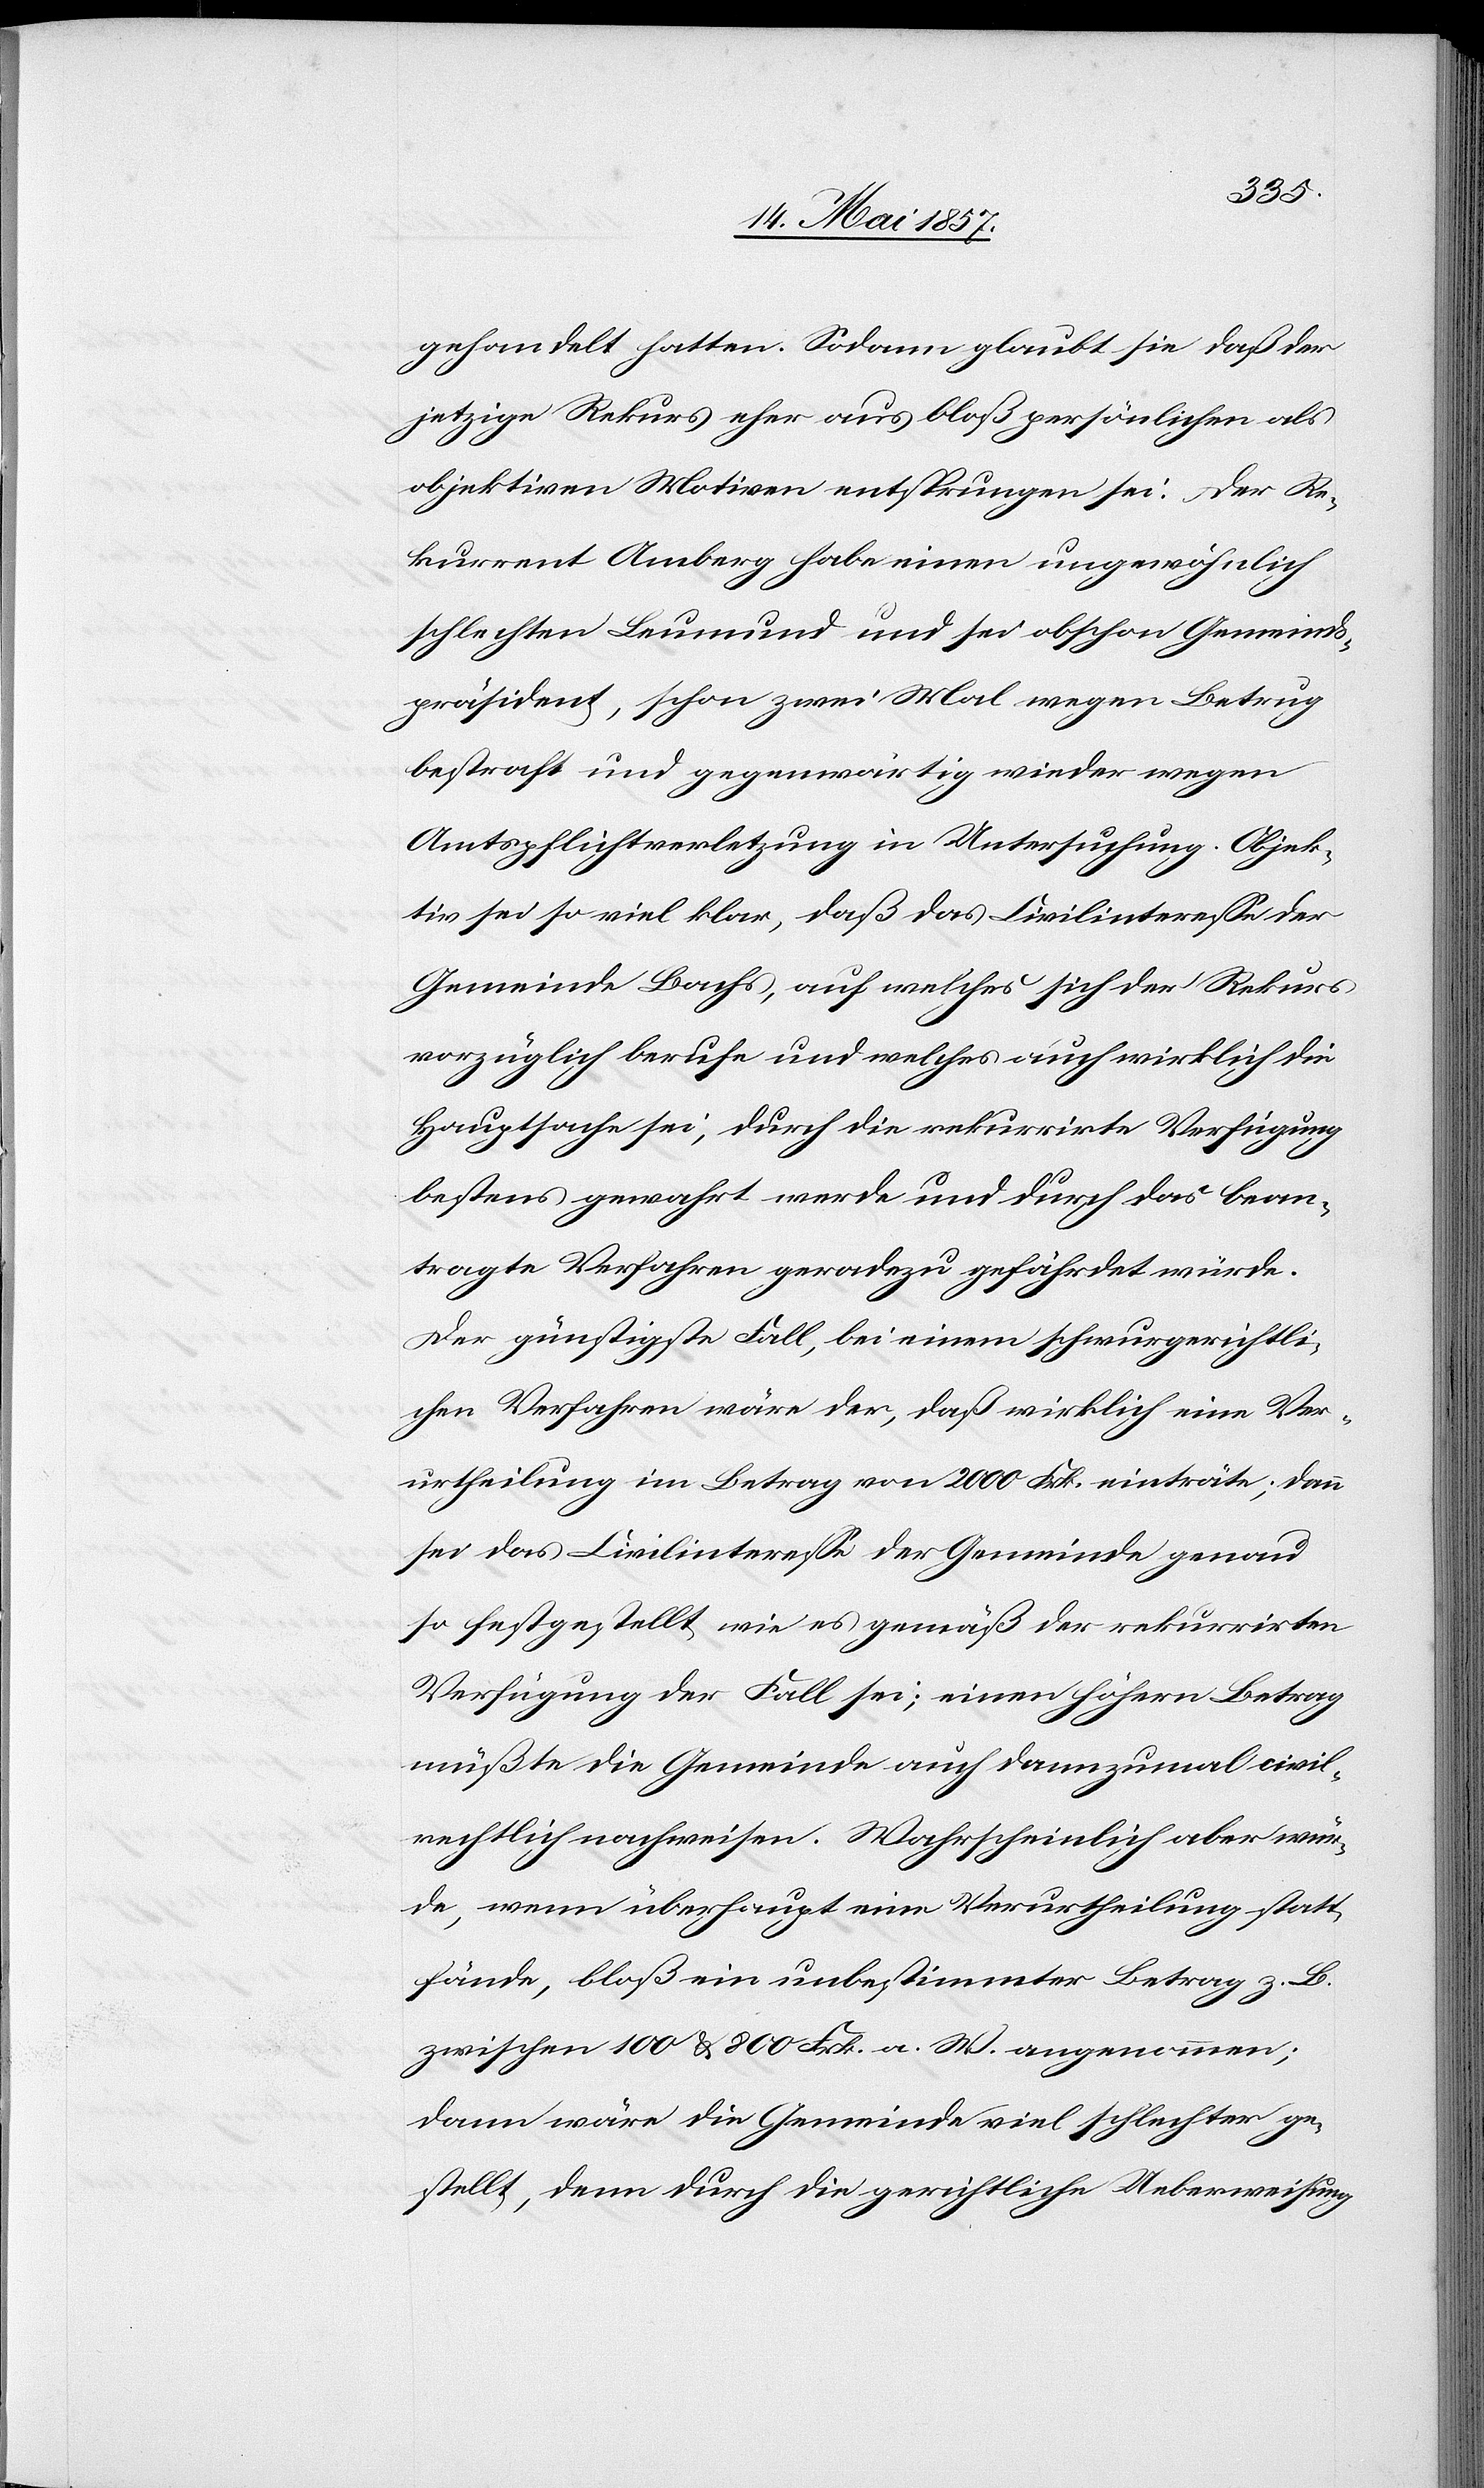
gehandelt hatten. Sodann glaubt sie daß der
jetzige Rekurs eher aus bloß persönlichen als
objektiven Motiven entsprungen sei. Der Re¬
kurrent Amberg habe einen ungewöhnlich
schlechten Leumund und sei obschon Gemeinds¬
präsident, schon zwei Mal wegen Betrug
bestraft und gegenwärtig wieder wegen
Amtspflichtverletzung in Untersuchung. Objek¬
tiv sei so viel klar, daß das Civilinteresse der
Gemeinde Bachs, auf welches sich der Rekurs
vorzüglich berufe und welches auch wirklich die
Hauptsache sei, durch die rekurrirte Verfügung
bestens gewahrt werde und durch das bean¬
tragte Verfahren geradezu gefährdet würde.
Der günstigste Fall, bei einem schwurgerichtli¬
chen Verfahren wäre der, daß wirklich eine Ver¬
urtheilung im Betrag von 2000 Frk. einträte; dann
sei das Civilinteresse der Gemeinde genau
so festgestellt wie es gemäß der rekurrirten
Verfügung der Fall sei; einen höhern Betrag
müßte die Gemeinde auch dannzumal civil¬
rechtlich nachweisen. Wahrscheinlich aber wür¬
de, wenn überhaupt eine Verurtheilung statt¬
fände, bloß ein unbestimmter Betrag z. B.
zwischen 100 & 800 Frk. a. W. angenommen;
dann wäre die Gemeinde viel schlechter ge¬
stellt, denn durch die gerichtliche Ueberweisung